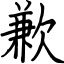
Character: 歉